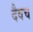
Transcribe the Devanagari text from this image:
दैवच